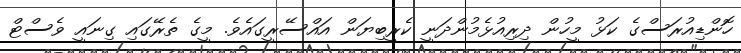
ހޮންޑިއުރަސްގެ ކަޅު މީހުން ދިރިއުޅެމުންދަނީ ކެރީބިޔަން އައްސޭރީގައެވެ. މީގެ ތެރޭގައި ގިނައީ ވެސްޓް